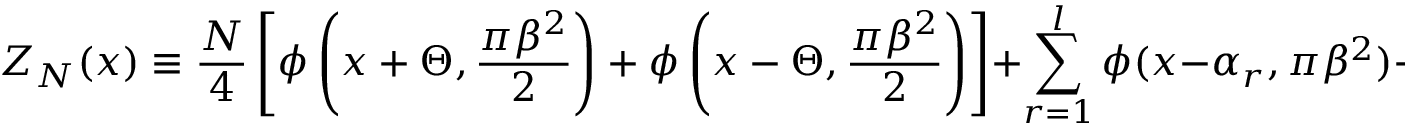
Z _ { N } ( x ) \equiv \frac { N } { 4 } \left[ \phi \left( x + \Theta , \frac { \pi \beta ^ { 2 } } { 2 } \right) + \phi \left( x - \Theta , \frac { \pi \beta ^ { 2 } } { 2 } \right) \right] + \sum _ { r = 1 } ^ { l } \phi ( x - \alpha _ { r } , \pi \beta ^ { 2 } ) + 2 \pi \beta ^ { 2 } \varepsilon l \, .